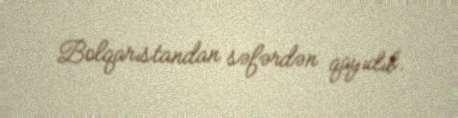
Bolqarıstandan səfərdən qayıdıb.